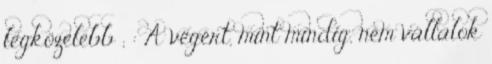
legközelebb ; : A végért, mint mindig, nem vállalok